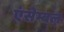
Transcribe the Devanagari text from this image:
एंसेम्बल